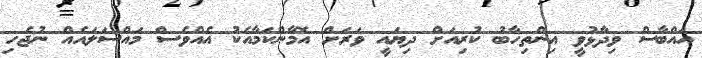
އައްބާސް ވިދާޅުވީ އިންތިހާބު ކުރިއަށް ދިޔައީ ވަރަށް އޮމާންކަމާއެކު އެއްވެސް މައްސަލައެއް ނުޖެހި